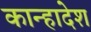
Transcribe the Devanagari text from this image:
कान्हादेश